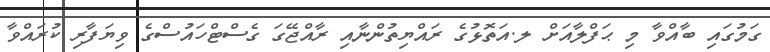
ގަމުގައި ބާއްވާ މި ޙަފްލާއަށް ލ.އަތޮޅުގެ ރައްޔިތުންނާއި ރާއްޖޭގަ ގެސްޓްހައުސްގެ ވިޔަފާރި ކުރައްވާ